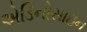
એડિનોસાઇન